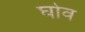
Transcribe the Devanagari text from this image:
घोव